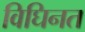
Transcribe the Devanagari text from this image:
विघिनत